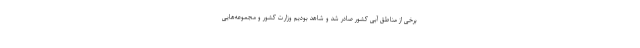
برخی از مناطق آبی کشور صادر شد و شاهد بودیم وزارت کشور و مجموعه‌هایی